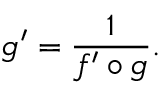
g ^ { \prime } = { \frac { 1 } { f ^ { \prime } \circ g } } .